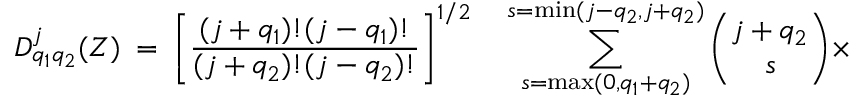
D _ { q _ { 1 } q _ { 2 } } ^ { j } ( Z ) \: = \: \left[ \frac { ( j + q _ { 1 } ) ! ( j - q _ { 1 } ) ! } { ( j + q _ { 2 } ) ! ( j - q _ { 2 } ) ! } \right] ^ { 1 / 2 } \quad \sum _ { s = \operatorname * { m a x } ( 0 , q _ { 1 } + q _ { 2 } ) } ^ { s = \operatorname * { m i n } ( j - q _ { 2 } , j + q _ { 2 } ) } { \binom { j + q _ { 2 } } { s } } \times